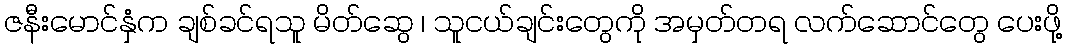
ဇနီးမောင်နှံက ချစ်ခင်ရသူ မိတ်ဆွေ ၊ သူငယ်ချင်းတွေကို အမှတ်တရ လက်ဆောင်တွေ ပေးဖို့